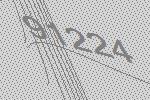
91224